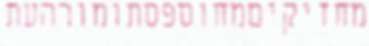
מחזיקיםמחוספסתומורהעת